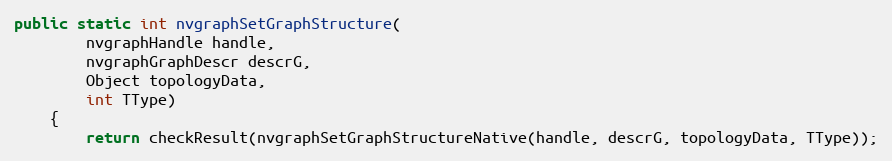
Language: Java
public static int nvgraphSetGraphStructure(
        nvgraphHandle handle,
        nvgraphGraphDescr descrG,
        Object topologyData,
        int TType)
    {
        return checkResult(nvgraphSetGraphStructureNative(handle, descrG, topologyData, TType));